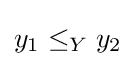
y_{1}\leq _{Y}y_{2}